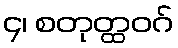
၄၊ စတုတ္ထဝဂ်